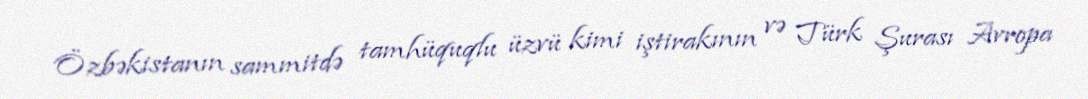
Özbəkistanın sammitdə tamhüquqlu üzvü kimi iştirakının və Türk Şurası Avropa